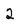
Character: 2